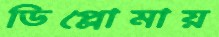
ডিপ্লোমায়